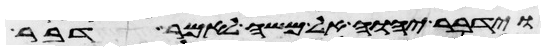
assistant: וידבר יהוה אל משה לאמר דבר